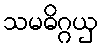
သမဓိဂ္ဂယှ